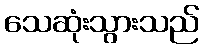
သေဆုံးသွားသည်